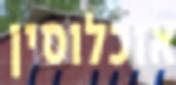
אוכלוסין